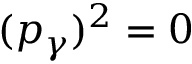
( p _ { \gamma } ) ^ { 2 } = 0